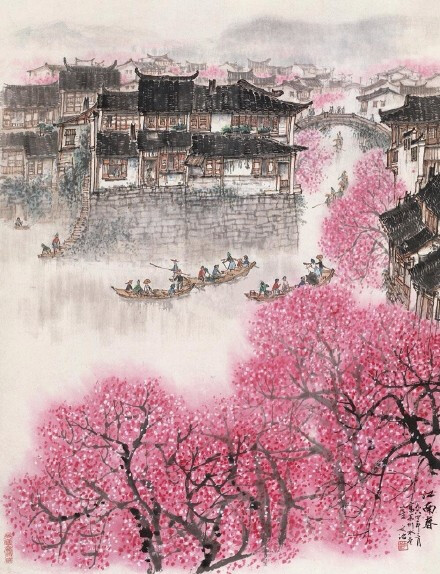
日出江花红胜火，春来江水绿如蓝。